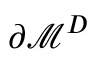
\partial \mathcal { M } ^ { D }